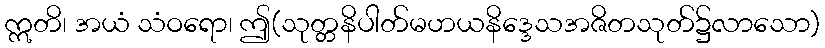
ဣတိ၊ အယံ သံဝရော၊ ဤ(သုတ္တနိပါတ်မဟယနိဒ္ဒေသအဇိတသုတ်၌လာသော)